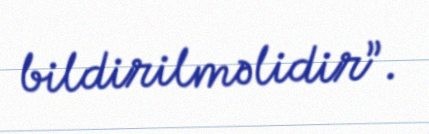
bildirilməlidir”.